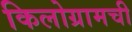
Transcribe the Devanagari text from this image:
किलोग्रामची